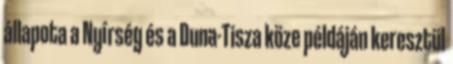
állapota a Nyírség és a Duna-Tisza köze példáján keresztül